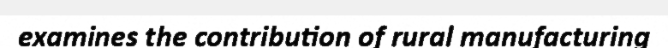
examines the contribution of rural manufacturing